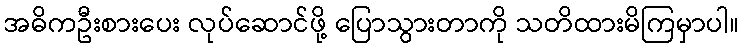
အဓိကဦးစားပေး လုပ်ဆောင်ဖို့ ပြောသွားတာကို သတိထားမိကြမှာပါ။